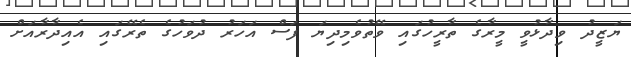
ޔަޒީދު ވިދާޅުވީ މީރާގެ ތާރީހުގައި ވޭތުވެމިދިޔަ ފަސް އަހަރު ދުވަހުގެ ތެރޭގައި އެއިދާރާއަށް